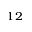
^ { 1 2 }